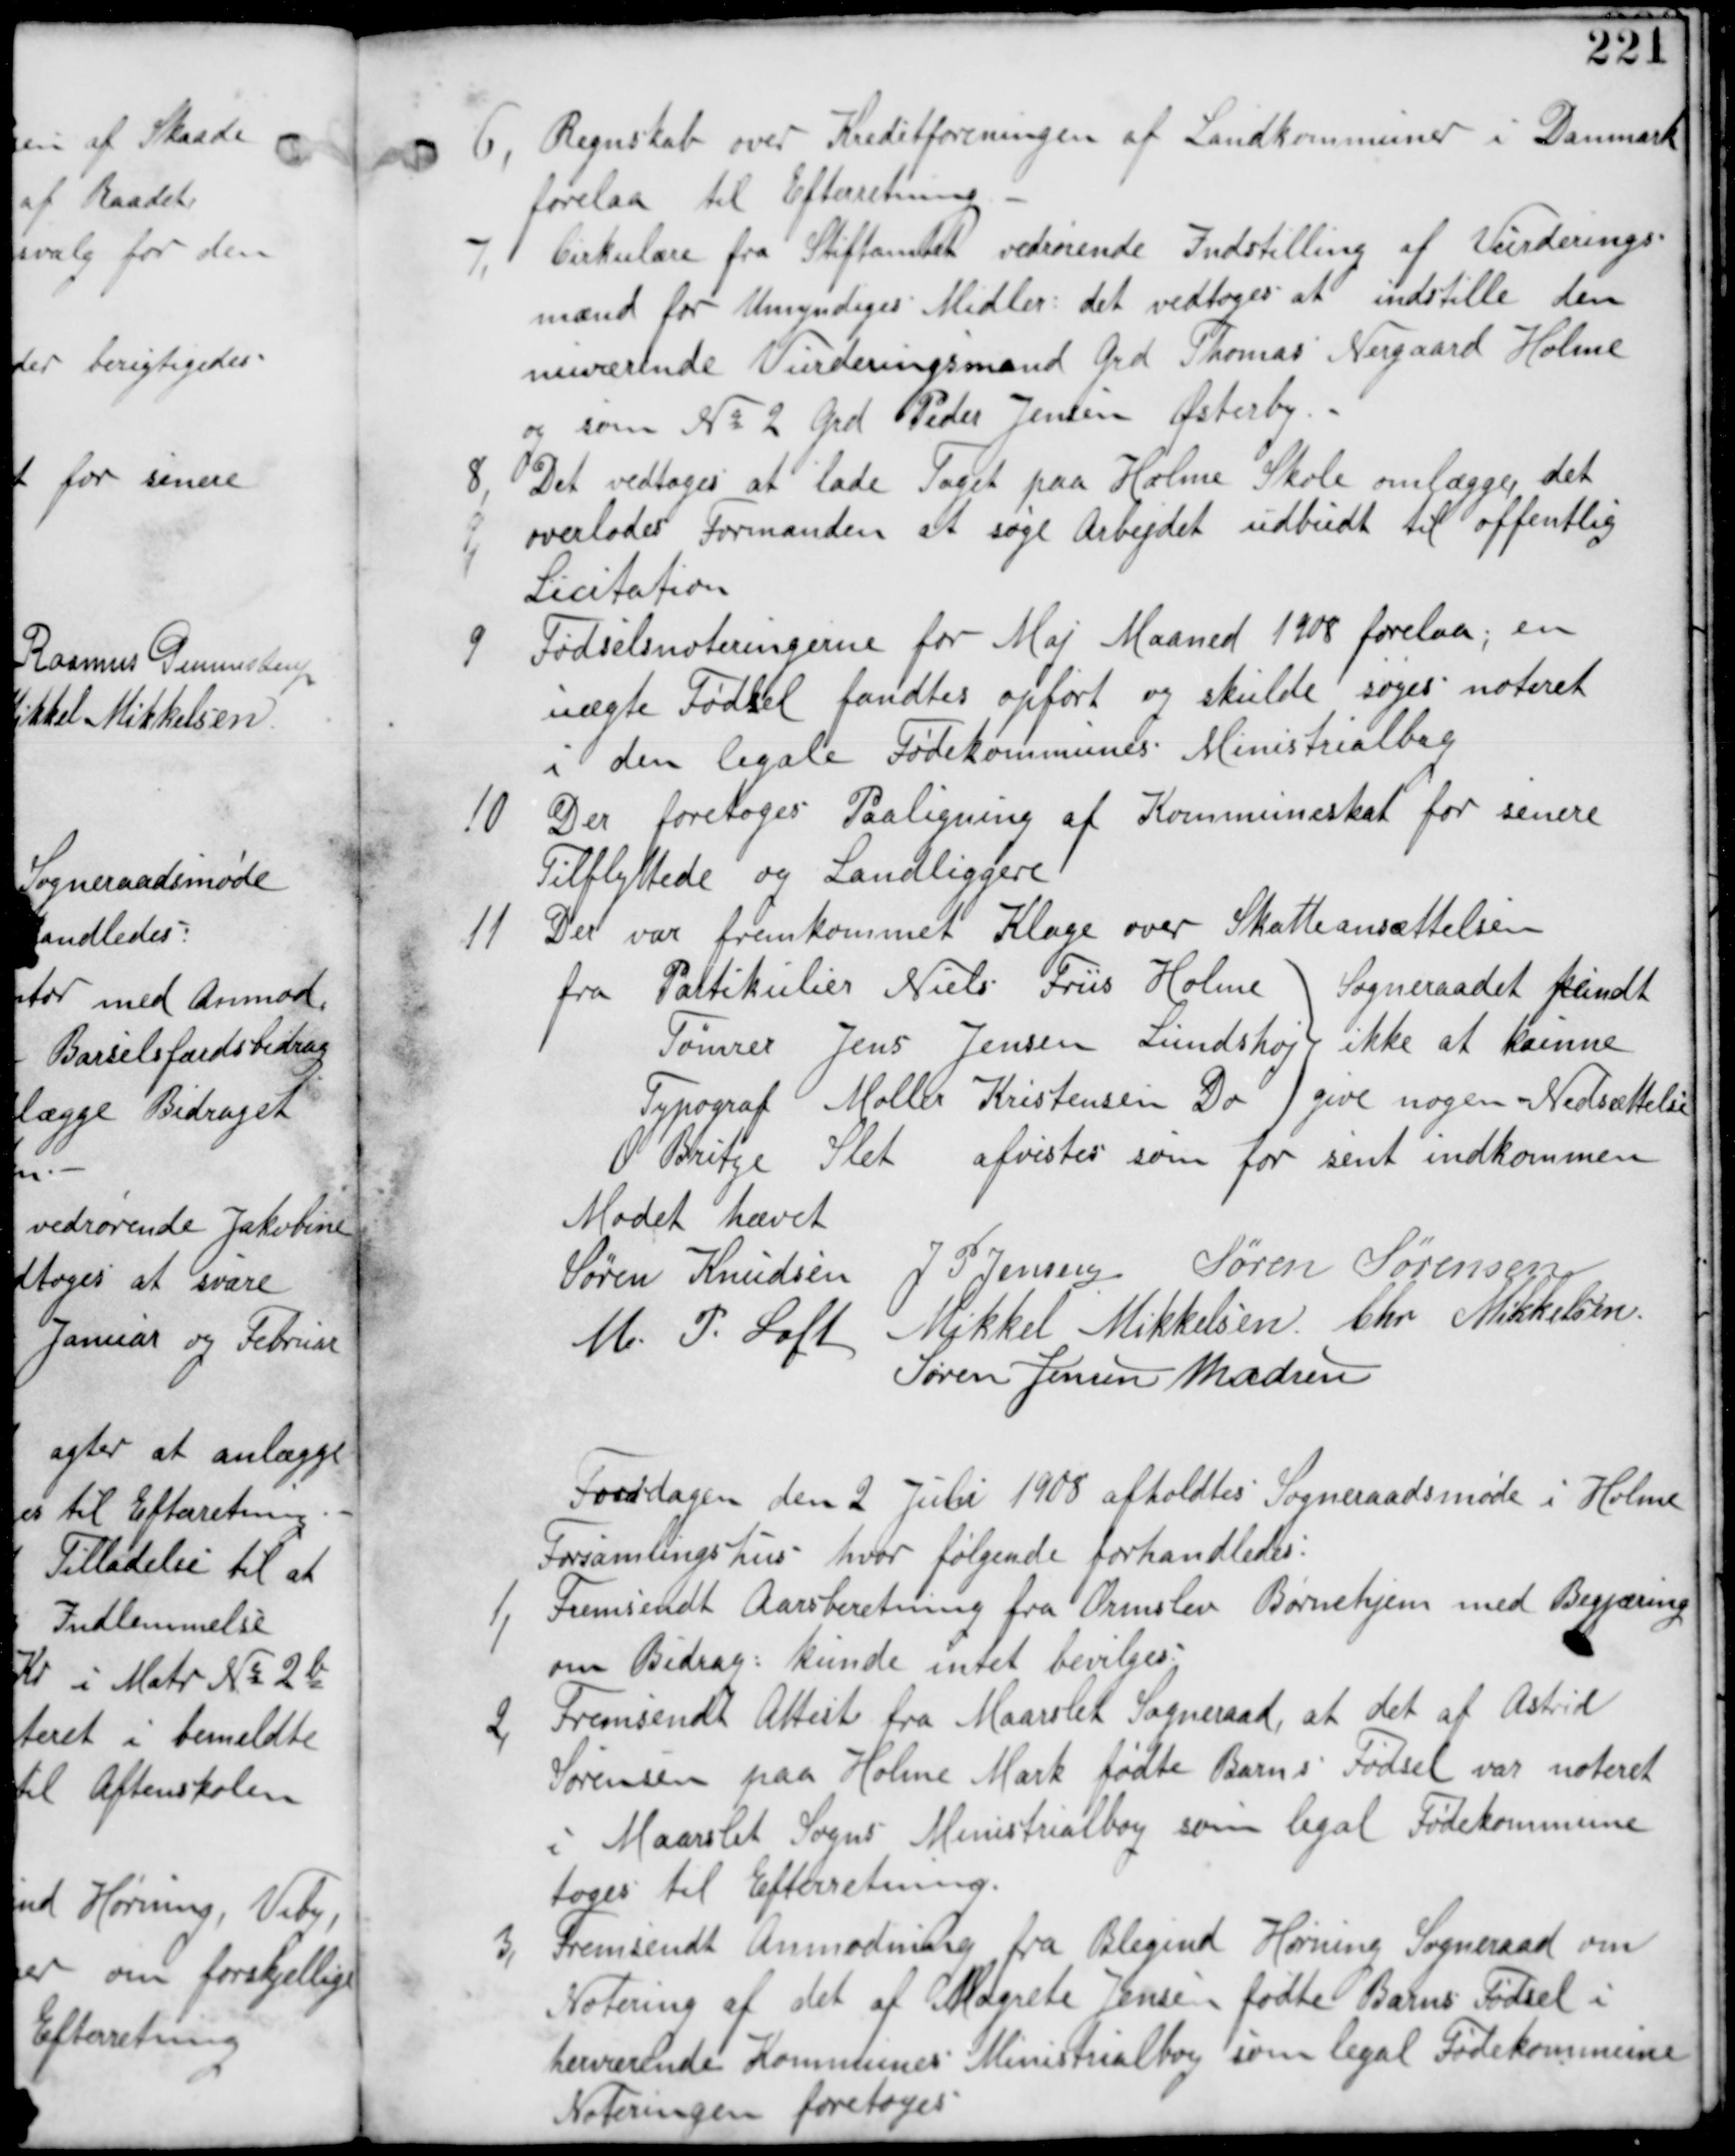
Transskription:
6, Regnskab over Kreditforeningen af Landkommuner i Danmark
forelaa til Efterretning.

7, Cirkulære fra Stiftamtet vedrørende Indstilling af Vurderings-
mænd for Umyndiges Midler det vedtages at indstille den
nuværende Vurderingsmand Grd Thomas Nergaard Holme
og som No 2 Grd Peder Jensen Østerby

8, Det vedtages at lade Taget paa Holme Skole omlægge, det
overlades Formanden at søge Arbejdet udbudt til offentlig
Licitation.

9, Fødselsnoteringerne for Maj Maaned 1908 forelaa, en
uægte Fødsel fandtes opført og skulde søges noteret
i den legale Fødekommunes Ministrialbog.

10 Der foretages Paaligning af Kommuneskat for senere
Tilflyttede og Landliggere.

11 Der var fremkommet Klage over Skatteansættelsen
fra Partikulier Niels Friis Holme
Tømrer Jens Jensen Lundshøj
Typograf Møller Kristensen Do
Sogneraadet fandt
ikke at kunne
give nogen Nedsættelse
O Poritge Sleth afvistes som for sent indkommen

Mødet hævet
Søren Knudsen J P Jensen Søren Sørensen
M P Loft Mikkel Mikkelsen Chr Mikkelsen
Søren Jensen Madsen

Torsdagen den 2 Juli 1908 afholdtes Sogneraadsmøde i Holme
Forsamlingshus hvor følgende forhandledes:

1, Fremsendt Aarsberetning fra Ormslet Børnehjem med Begjæring
om Bidrag: kunde ikke bevilges.

2, Fremsendt Attest fra Maarslet Sogneraad, at det af Astrid
Sørensen paa Holme Mark fødte Barns Fødsel var noteret
i Maarslet Sogns Ministrialbog som legal Fødekommune
tages til Efterretning.

3, Fremsendt Anmodning fra Blegind Hørning Sogneraad om
Notering af det af Magrete Jensen fødte Barns Fødsel i
herværende Kommunes Ministrialbog som legal Fødekommune
Noteringen foretages.